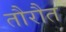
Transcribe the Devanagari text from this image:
तौरौत